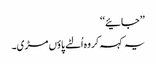
’’جائیے‘‘
یہ کہہ کر وہ اُلٹے پاؤں مڑی۔